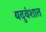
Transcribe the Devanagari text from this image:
यदुवंशात